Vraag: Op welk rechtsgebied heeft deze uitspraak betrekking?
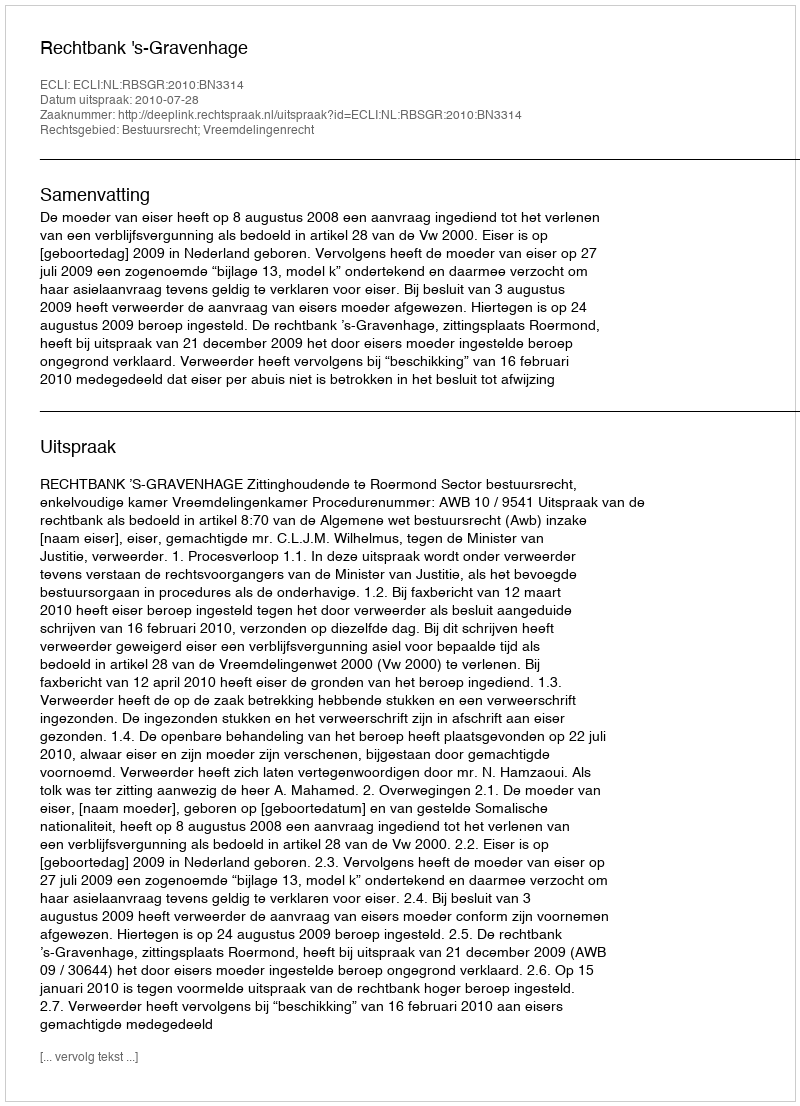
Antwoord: Bestuursrecht; Vreemdelingenrecht